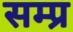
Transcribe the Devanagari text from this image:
सम्प्र